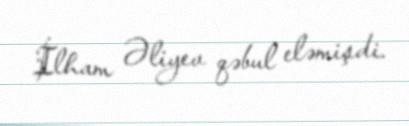
İlham Əliyev qəbul eləmişdi.